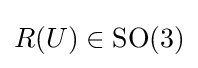
R(U)\in \mathrm {SO} (3)